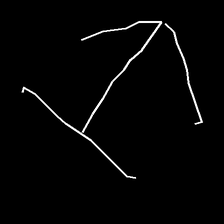
Glyph: levitation